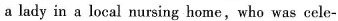
a lady in a local nursing home,who was cele-